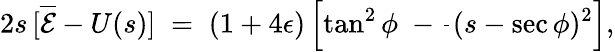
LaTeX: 2s\, [\overline{{\cal E}}-U(s)]\; =\; (1+4\epsilon)\left[\tan^{2}\phi\; -\frac{}{}(s-\sec\phi)^{2}\right],